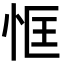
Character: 恇